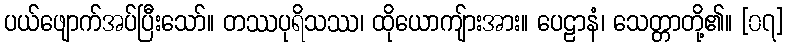
ပယ်ဖျောက်အပ်ပြီးသော်။ တဿပုရိသဿ၊ ထိုယောကျ်ားအား။ ပေဠာနံ၊ သေတ္တာတို့၏။ [၀၇]